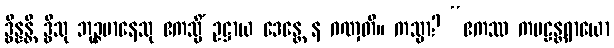
ဒွိန္နန္တိ ဒွီသု ဘုဉ္ဇမာနေသု ဧကသ္မိံ ဥဋ္ဌာယ ဒေန္တေ န ဂဏှတိ။ ကသ္မာ? “ဧကဿ ကဗဠန္တရာယော